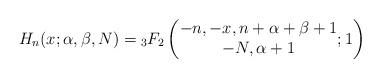
LaTeX: \begin{gather*}H_{n}(x;\alpha,\beta,N) ={}_{3}F_{2}\left(\begin{matrix}-n,-x,n+\alpha+\beta+1\\-N,\alpha+1\end{matrix};1\right)\end{gather*}